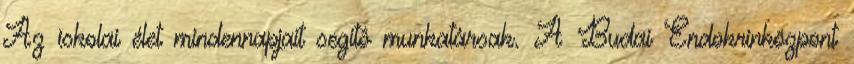
Az iskolai élet mindennapjait segítô munkatársak. A Budai Endokrinközpont